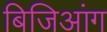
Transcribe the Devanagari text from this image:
बिजिआंग